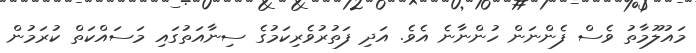
މައުލޫމާތު ވެސް ފެންނަން ހުންނާނެ އެވެ. އަދި ފަތުރުވެރިކަމުގެ ސިނާއަތުގައި މަސައްކަތް ކުރަމުން